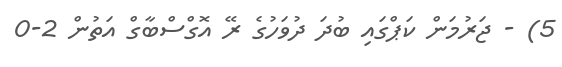
5) - ޖަރުމަން ކަޕްގައި ބުދަ ދުވަހުގެ ރޭ އޮގްސްބާގް އަތުން 2-0